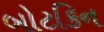
બોટકિન